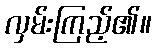
လှမ်းကြည့်၏။